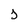
Character: j